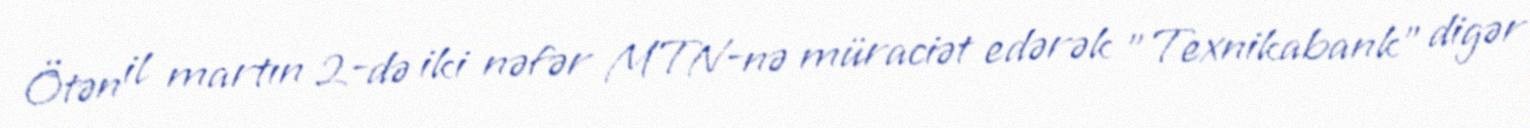
Ötən il martın 2-də iki nəfər MTN-nə müraciət edərək ”Texnikabank" digər